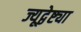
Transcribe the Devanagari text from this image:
ज्यूद्वेष्ट्या